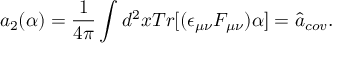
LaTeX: a _ { 2 } ( \alpha ) = \frac { 1 } { 4 \pi } \int d ^ { 2 } x T r [ ( \epsilon _ { \mu \nu } F _ { \mu \nu } ) \alpha ] = \hat { a } _ { c o v } .